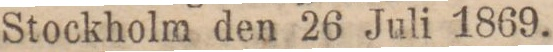
Stockholm den 26 Juli 1869.